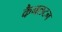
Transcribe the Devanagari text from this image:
कैनलटन